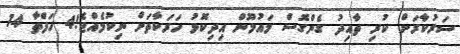
ސަރުކާރަށް ކުރި ތާއިދު ގެންގޮސް މައުމޫން އިދިކޮޅު ހަރަކާތަށް ނިކުމެއްޖެ!4 ހަފްތާ 14